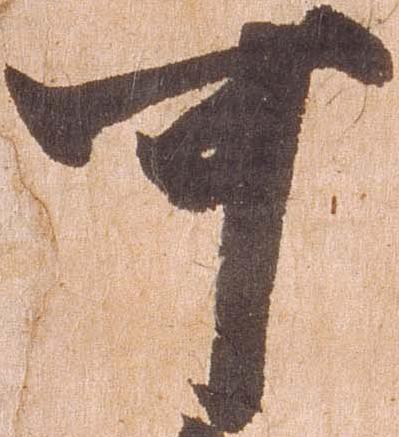
可